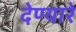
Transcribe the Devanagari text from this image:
देण्यारे